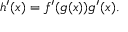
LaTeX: h ^ { \prime } ( x ) = f ^ { \prime } ( g ( x ) ) g ^ { \prime } ( x ) .